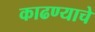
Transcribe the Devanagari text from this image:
काढण्‍याचे